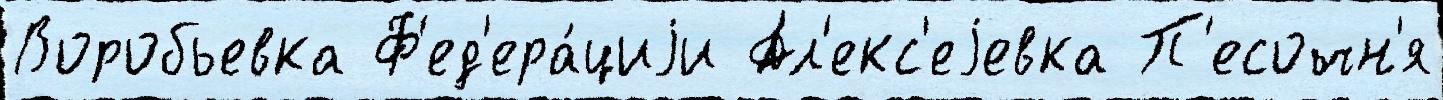
Воробьевка Ф'ед'ера́циjи Ал'екс'еjевка П'есочн'я